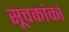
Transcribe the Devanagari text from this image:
सूचकांकां